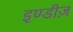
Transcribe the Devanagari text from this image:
इण्डीज़